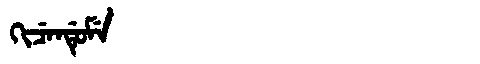
Manchu: ᡴᡳᠴᡝᠨᡩᡠᠮᡝ
Romanization: KICENDUME